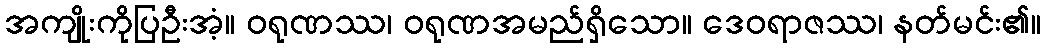
အကျိုးကိုပြဦးအံ့။ ဝရုဏဿ၊ ဝရုဏအမည်ရှိသော။ ဒေဝရာဇဿ၊ နတ်မင်း၏။